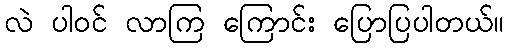
လဲ ပါဝင် လာကြ ကြောင်း ပြောပြပါတယ်။